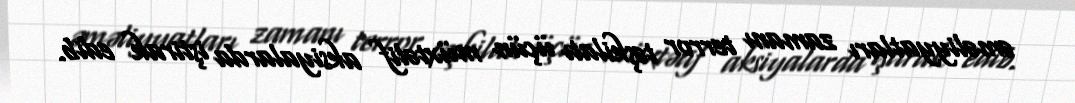
əməliyyatları zamanı terror təşkilatı üçün müxtəlif aksiyalarda iştirak edib.